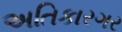
અતિકારગર